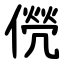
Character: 㒌